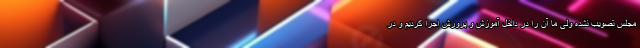
مجلس تصویب نشده ولی ما آن را در داخل آموزش و پرورش اجرا کردیم و در